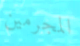
المجرمين